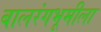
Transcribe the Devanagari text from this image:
बालरंगभूमीला